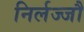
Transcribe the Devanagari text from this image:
निर्लज्जौ